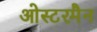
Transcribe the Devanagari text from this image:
ओस्टरमैन